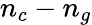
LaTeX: n_{c}-n_{g}